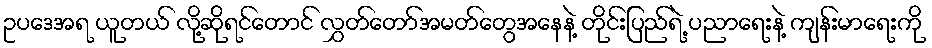
ဥပဒေအရ ယူတယ် လို့ဆိုရင်တောင် လွှတ်တော်အမတ်တွေအနေနဲ့ တိုင်းပြည်ရဲ့ ပညာရေးနဲ့ ကျန်းမာရေးကို